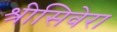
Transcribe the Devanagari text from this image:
श्रीसिवेरा